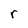
Character: r